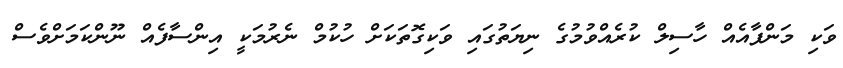
ވަކި މަންފާއެއް ހާސިލް ކުރެއްވުމުގެ ނިޔަތުގައި ވަކިގޮތަކަށް ހުކުމް ނެރުމަކީ އިންސާފެއް ނޫންކަމަށްވެސް